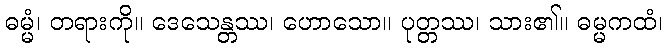
ဓမ္မံ၊ တရားကို။ ဒေသေန္တဿ၊ ဟောသော။ ပုတ္တဿ၊ သား၏။ ဓမ္မကထံ၊